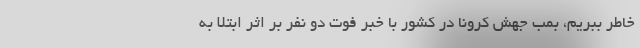
خاطر ببریم، بمب جهش کرونا در کشور با خبر فوت دو نفر بر اثر ابتلا به